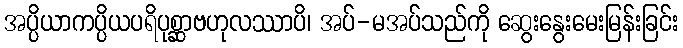
အပ္ပိယာကပ္ပိယပရိပုစ္ဆာဗဟုလဿာပိ၊ အပ်-မအပ်သည်ကို ဆွေးနွေးမေးမြန်းခြင်း